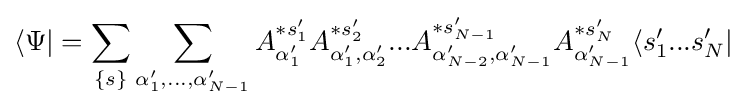
\langle \Psi |=\sum \limits _{\{s\}}\sum \limits _{\alpha '_{1},...,\alpha '_{N-1}}A_{\alpha '_{1}}^{*s'_{1}}A_{\alpha '_{1},\alpha '_{2}}^{*s'_{2}}...A_{\alpha '_{N-2},\alpha '_{N-1}}^{*s'_{N-1}}A_{\alpha '_{N-1}}^{*s'_{N}}\langle s'_{1}...s'_{N}|